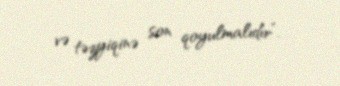
və təzyiqinə son qoyulmalıdır”.